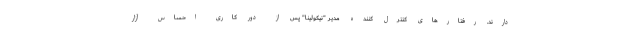
دارند. رفتارهای کنترل کننده مدیر "نیکولینا" پس از دور کاری احساس آزار